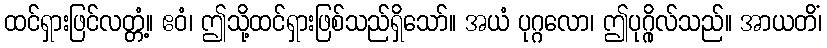
ထင်ရှားဖြင်လတ္တံ့။ ဧဝံ၊ ဤသို့ထင်ရှားဖြစ်သည်ရှိသော်။ အယံ ပုဂ္ဂလော၊ ဤပုဂ္ဂိုလ်သည်။ အာယတိံ၊